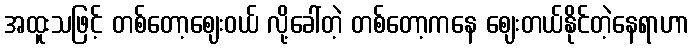
အထူးသဖြင့် တစ်တော့ဈေးဝယ် လို့ခေါ်တဲ့ တစ်တော့ကနေ ဈေးတယ်နိုင်တဲ့နေရာဟာ